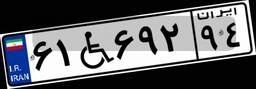
۶۱W۶۹۲۹۴